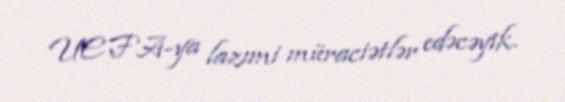
UEFA-ya lazımi müraciətlər edəcəyik.